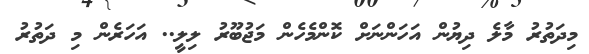
މިދަތުރު މާލެ ދިޔުން އަހަންނަށް ކޮންމެހެން މަޖުބޫރު ލިލީ.. އަހަރެން މި ދަތުރު